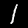
Digit: 1